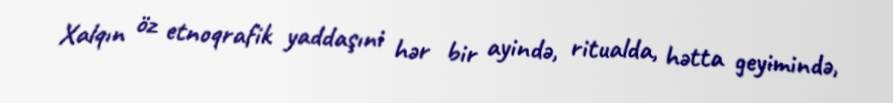
Xalqın öz etnoqrafik yaddaşıni hər bir ayində, ritualda, hətta geyimində,